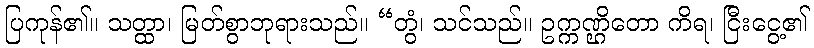
ပြကုန်၏။ သတ္ထာ၊ မြတ်စွာဘုရားသည်။ “တွံ၊ သင်သည်။ ဥက္ကဏ္ဌိတော ကိရ၊ ငြီးငွေ့၏